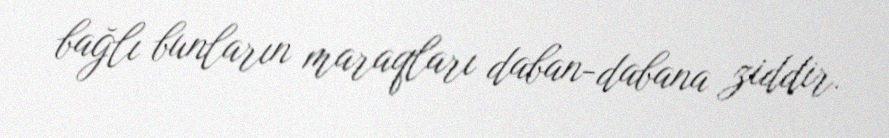
bağlı bunların maraqları daban-dabana ziddir.